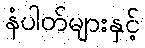
နံပါတ်များနှင့်